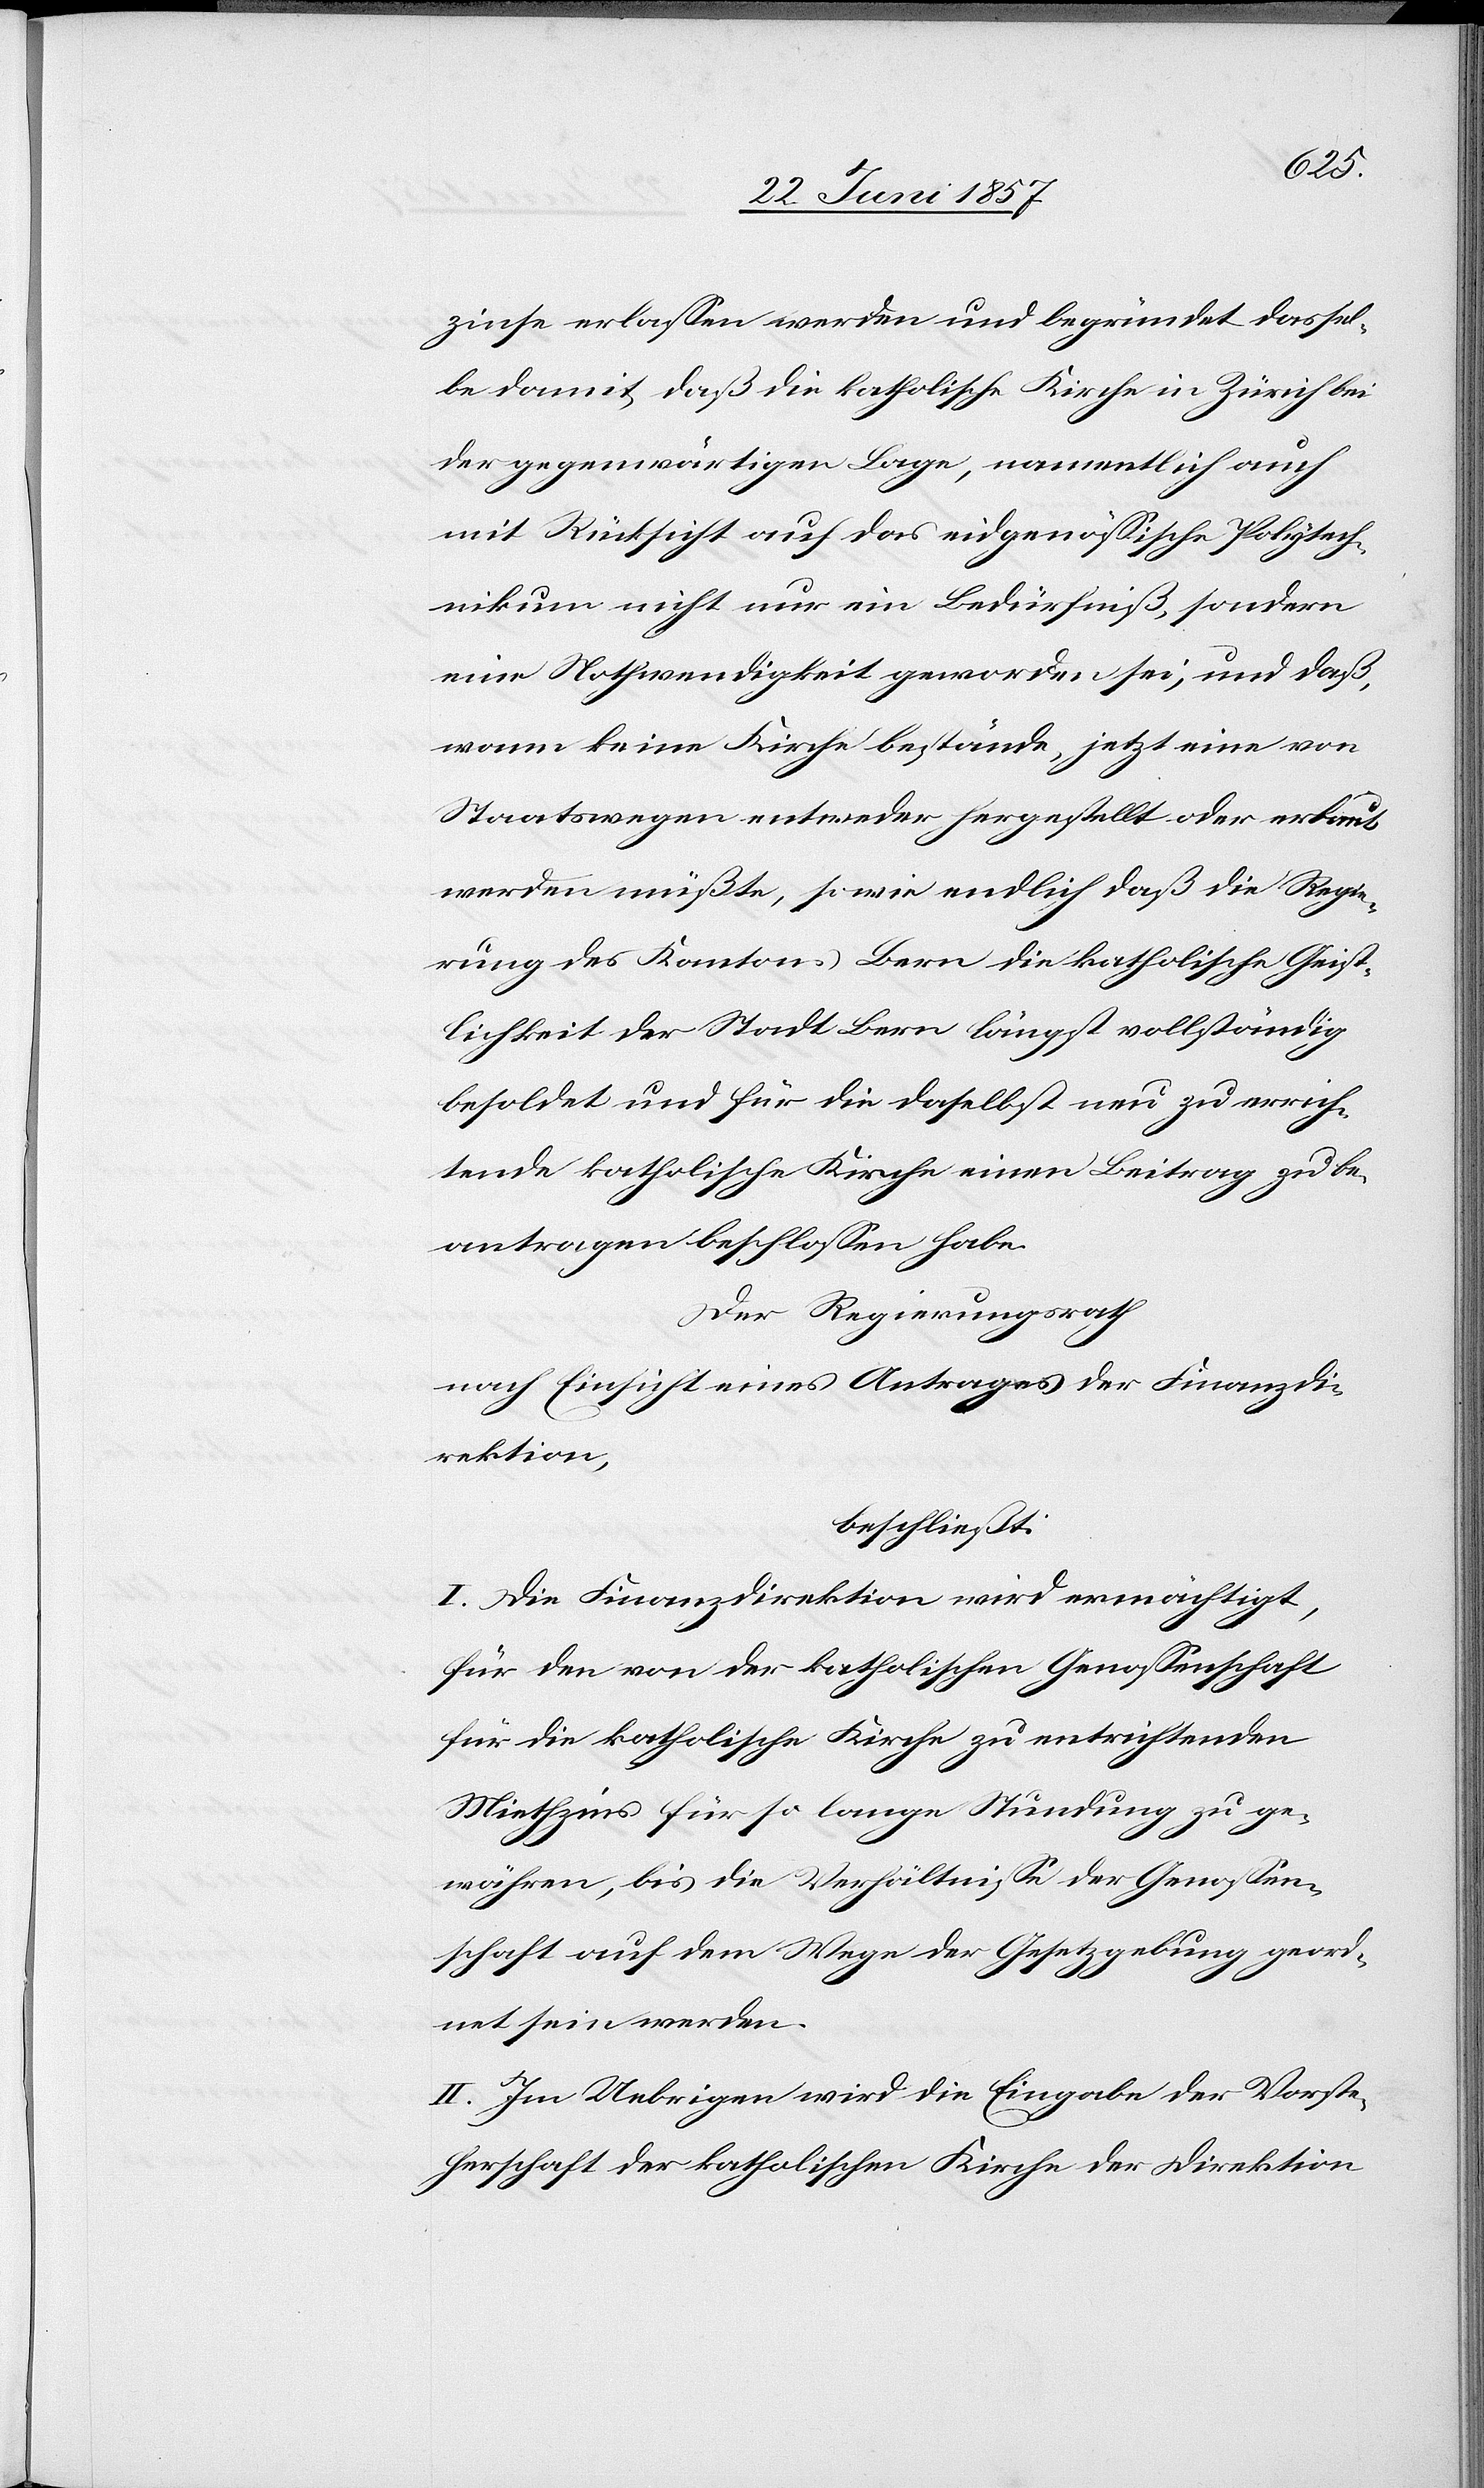
zinse erlassen werden und begründet dassel¬
be damit, daß die katholische Kirche in Zürich bei
der gegenwärtigen Lage, namentlich auch
mit Rücksicht auf das eidgenössische Polytech¬
nikum nicht nur ein Bedürfniß, sondern
eine Nothwendigkeit geworden sei, und daß,
wann keine Kirche bestände, jetzt eine von
Staatswegen entweder hergestellt oder erbaut
werden müßte, sowie endlich daß die Regie¬
rung des Kantons Bern die katholische Geist¬
lichkeit der Stadt Bern längst vollständig
besoldet und für die daselbst neu zu errich¬
tende katholische Kirche einen Beitrag zu be¬
antragen beschlossen habe.
Der Regierungsrath
nach Einsicht eines Antrages der Finanzdi¬
rektion,
beschließt:
I. Die Finanzdirektion wird ermächtigt,
für den von der katholischen Genossenschaft
für die katholische Kirche zu entrichtenden
Miethzins für so lange Stundung zu ge¬
währen, bis die Verhältnisse der Genossen¬
schaft auf dem Wege der Gesetzgebung geord¬
net sein werden.
II. Im Uebrigen wird die Eingabe der Vorste¬
herschaft der katholischen Kirche der Direktion